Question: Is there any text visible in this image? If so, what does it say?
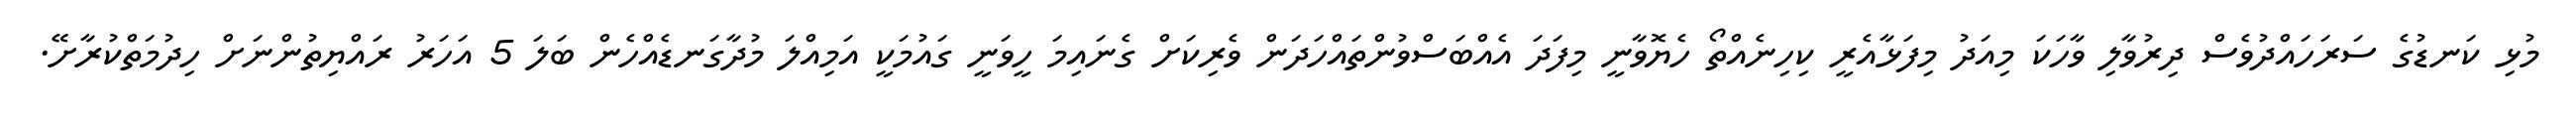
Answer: މުޅި ކަނޑުގެ ސަރަހައްދުވެސް ދިރުވާލި ވާހަކަ މިއަދު މިފަޅާއެރީ ކިހިނެއްތޯ ހެޔޮވާނީ މިފަދަ އެއްބަސްވުންތައްހަދަން ވެރިކަށް ގެނައިމަ ހީވަނީ ގައުމަކީ އަމިއްލަ މުދާގަނޑެއްހެން ބަލަ 5 އަހަރު ރައްޔިތުންނަށް ހިދުމަތްކުރާށޭ.